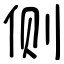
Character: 侧